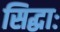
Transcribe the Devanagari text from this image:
सिद्धाः